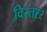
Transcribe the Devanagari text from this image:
विस्तरर